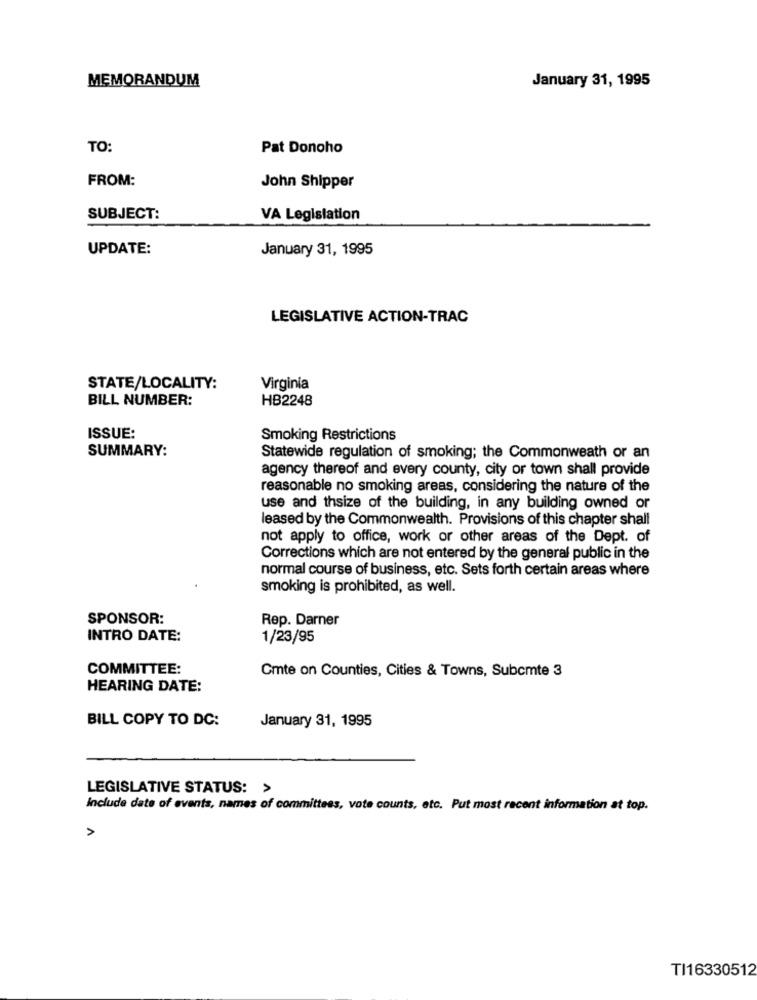
MEMORANDUM
January 31, 1995
TO:
Pat Donoho
FROM:
John Shipper
SUBJECT:
VA Legislation
UPDATE:
January 31, 1995
LEGISLATIVE ACTION-TRAC
STATE/LOCALITY:
Virginia
BILL NUMBER:
HB2248
ISSUE:
Smoking Restrictions
SUMMARY:
Statewide regulation of smoking; the Commonweath or an
agency thereof and every county, city or town shall provide
reasonable no smoking areas, considering the nature of the
use and thsize of the building, in any building owned or
leased by the Commonwealth. Provisions of this chapter shall
not apply to office, work or other areas of the Dept. of
Corrections which are not entered by the general public in the
normal course of business, etc. Sets forth certain areas where
smoking is prohibited, as well.
SPONSOR:
Rep. Darner
INTRO DATE:
1/23/95
COMMITTEE:
Cmte on Counties, Cities & Towns, Subcmte 3
HEARING DATE:
BILL COPY TO DC:
January 31, 1995
LEGISLATIVE STATUS: >
Include date of events, names of committees, vote counts, etc. Put most recent information at top.
A
TI16330512